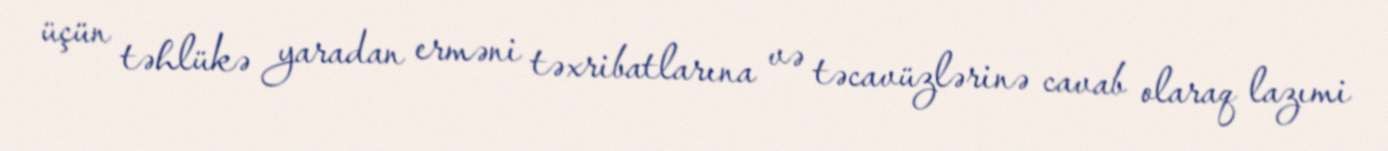
üçün təhlükə yaradan erməni təxribatlarına və təcavüzlərinə cavab olaraq lazımi